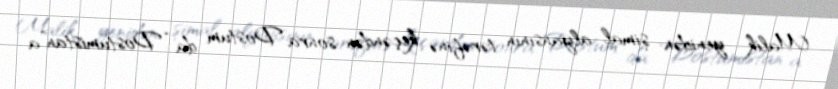
Malik yenidən şimal alyansının tərəfinə keçəndən sonra Dostum da “Dostumistan”a